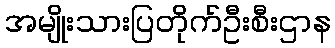
အမျိုးသားပြတိုက်ဦးစီးဌာန